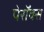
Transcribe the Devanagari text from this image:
पेरॉक्स